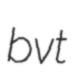
bvt